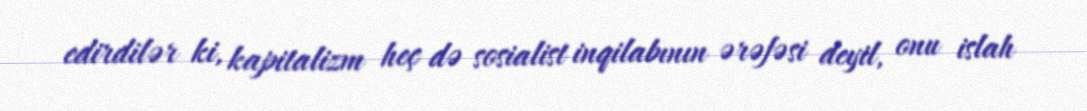
edirdilər ki, kapitalizm heç də sosialist inqilabının ərəfəsi deyil, onu islah